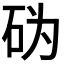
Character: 𰦨